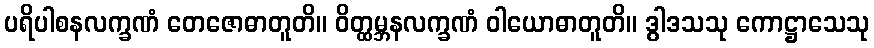
ပရိပါစနလက္ခဏံ တေဇောဓာတူတိ။ ဝိတ္ထမ္ဘနလက္ခဏံ ဝါယောဓာတူတိ။ ဒွါဒသသု ကောဋ္ဌာသေသု